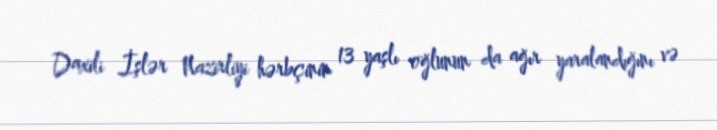
Daxili İşlər Nazirliyi hərbçinin 13 yaşlı oğlunun da ağır yaralandığını və